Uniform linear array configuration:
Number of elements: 4
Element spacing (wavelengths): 0.25
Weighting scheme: hann
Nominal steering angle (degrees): -45
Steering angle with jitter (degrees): -45.96
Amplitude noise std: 0.05
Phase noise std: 0.05

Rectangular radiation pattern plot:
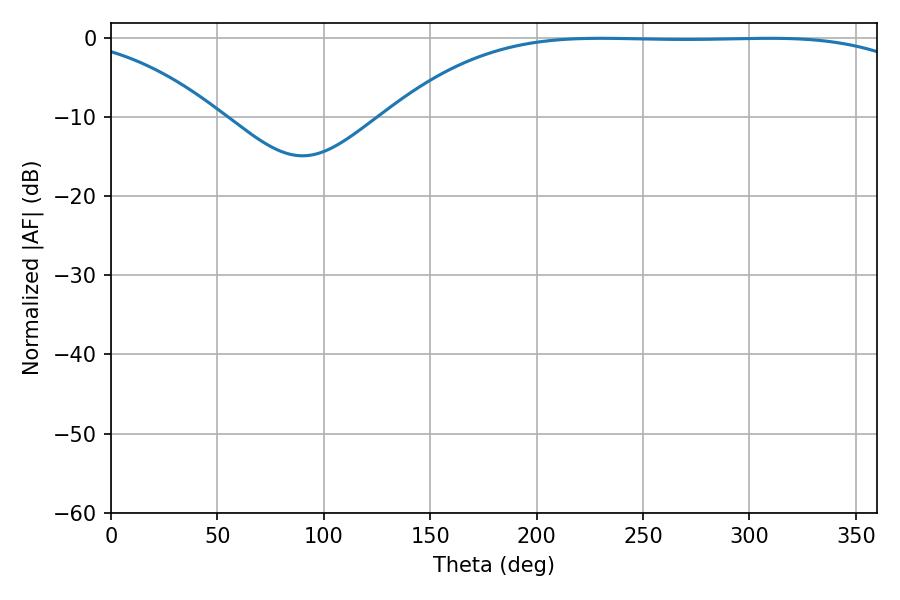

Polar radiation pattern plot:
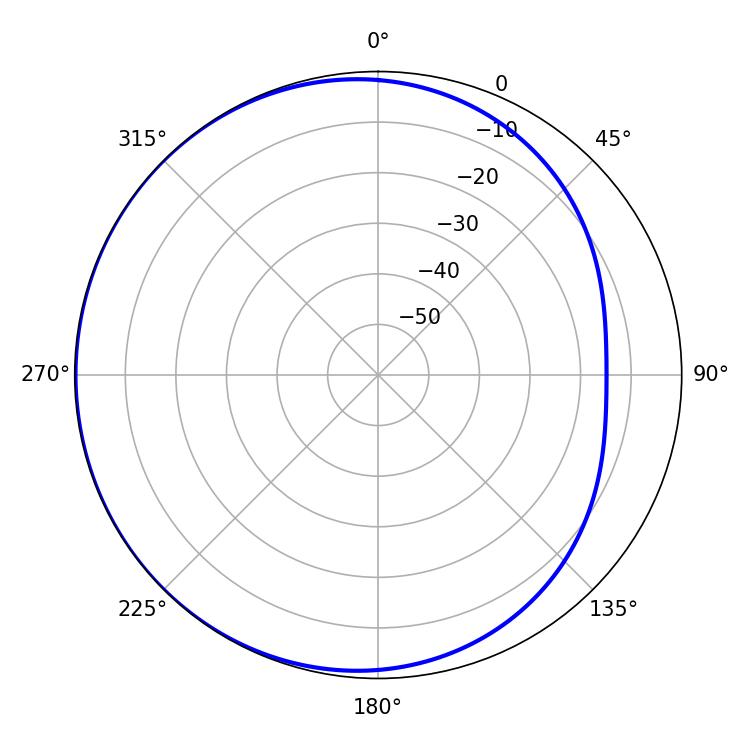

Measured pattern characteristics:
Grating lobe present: FALSE
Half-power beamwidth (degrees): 193.32
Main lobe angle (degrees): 230.22